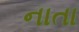
નાતા